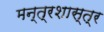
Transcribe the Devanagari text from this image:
मन्त्रशास्त्र